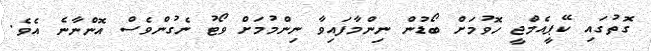
ގޮތުގައި ކޭޕީއެމްޖީ ހޮވުމަށް ބޯޑުން ނިންމާފައިވާ ނިންމުމަށް ވޯޓު ނެގުންވެސް އޮންނާނެ އެވެ.